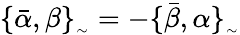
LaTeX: \{ \bar{\alpha},\beta\} _{_{\sim}}=-\{ \bar{\beta},\alpha\} _{_{\sim}}